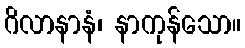
ဂိလာနာနံ၊ နာကုန်သော။